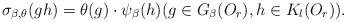
LaTeX: \begin{align*} \sigma_{\beta,\theta}(gh)=\theta(g)\cdot\psi_{\beta}(h) (g\in G_{\beta}(O_r), h\in K_l(O_r)).\end{align*}